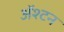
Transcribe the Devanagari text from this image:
ॲश्टन